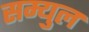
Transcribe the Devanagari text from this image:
सम्युल